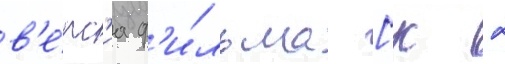
в'е́рс'иа ф'и́льма [к 2